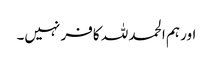
اور ہم الحمد للہ کافر نہیں۔